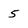
Character: 5